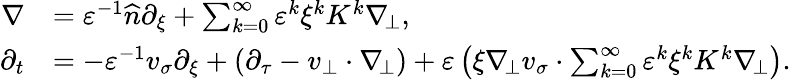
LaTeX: \begin{array}{rl}{\nabla}&{=\varepsilon^{-1}\widehat{n}\partial_{\xi}+\sum_{k=0}^{\infty}\varepsilon^{k}\xi^{k}K^{k}\nabla_{\! \bot},}\\ {\partial_{t}}&{=-\varepsilon^{-1}v_{\sigma}\partial_{\xi}+(\partial_{\tau}-v_{\bot}\cdot\nabla_{\! \bot})+\varepsilon\left(\xi\nabla_{\! \bot}v_{\sigma}\cdot\sum_{k=0}^{\infty}\varepsilon^{k}\xi^{k}K^{k}\nabla_{\! \bot}\right).}\end{array}